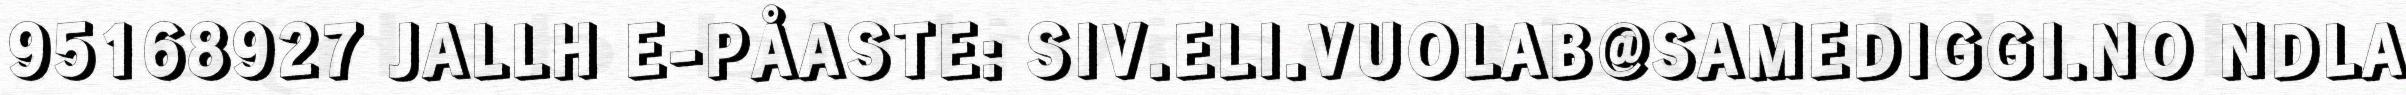
95168927 JALLH E-PÅASTE: SIV.ELI.VUOLAB@SAMEDIGGI.NO NDLA